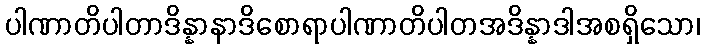
ပါဏာတိပါတာဒိန္နာနာဒိစောရာပါဏာတိပါတအဒိန္နာဒါအစရှိသော၊